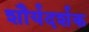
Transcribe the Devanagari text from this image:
शौर्यदर्शक